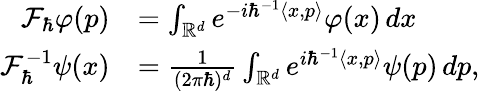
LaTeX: \begin{array}{rl}{\mathcal{F}_{\hbar}\varphi(p)}&{=\int_{\mathbb{R}^{d}}e^{-i\hbar^{-1}\langle x,p\rangle}\varphi(x)\, dx}\\ {\mathcal{F}_{\hbar}^{-1}\psi(x)}&{=\frac{1}{(2\pi\hbar)^{d}}\int_{\mathbb{R}^{d}}e^{i\hbar^{-1}\langle x,p\rangle}\psi(p)\, dp,}\end{array}